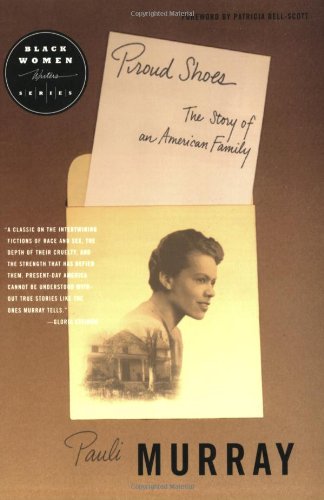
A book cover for Proud Shoes (Black Women Writers Series); Pauli Murray; History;